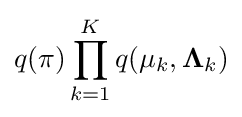
q(\mathbf {\pi } )\prod _{k=1}^{K}q(\mathbf {\mu } _{k},\mathbf {\Lambda } _{k})